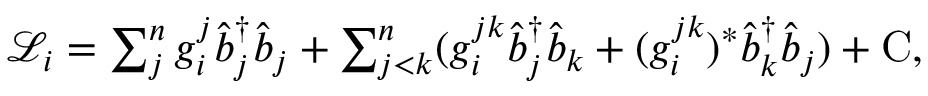
\begin{array} { r } { \mathscr { L } _ { i } = \sum _ { j } ^ { n } g _ { i } ^ { j } \hat { b } _ { j } ^ { \dagger } \hat { b } _ { j } + \sum _ { j < k } ^ { n } ( g _ { i } ^ { j k } \hat { b } _ { j } ^ { \dagger } \hat { b } _ { k } + ( g _ { i } ^ { j k } ) ^ { * } \hat { b } _ { k } ^ { \dagger } \hat { b } _ { j } ) + \mathrm { C } , } \end{array}